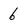
Character: 6